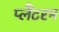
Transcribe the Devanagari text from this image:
प्लैंटरम